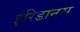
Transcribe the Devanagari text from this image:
इरिडानस